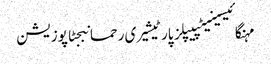
مہنگائیسینیٹپیپلز پارٹیشیری رحمانبجٹاپوزیشن